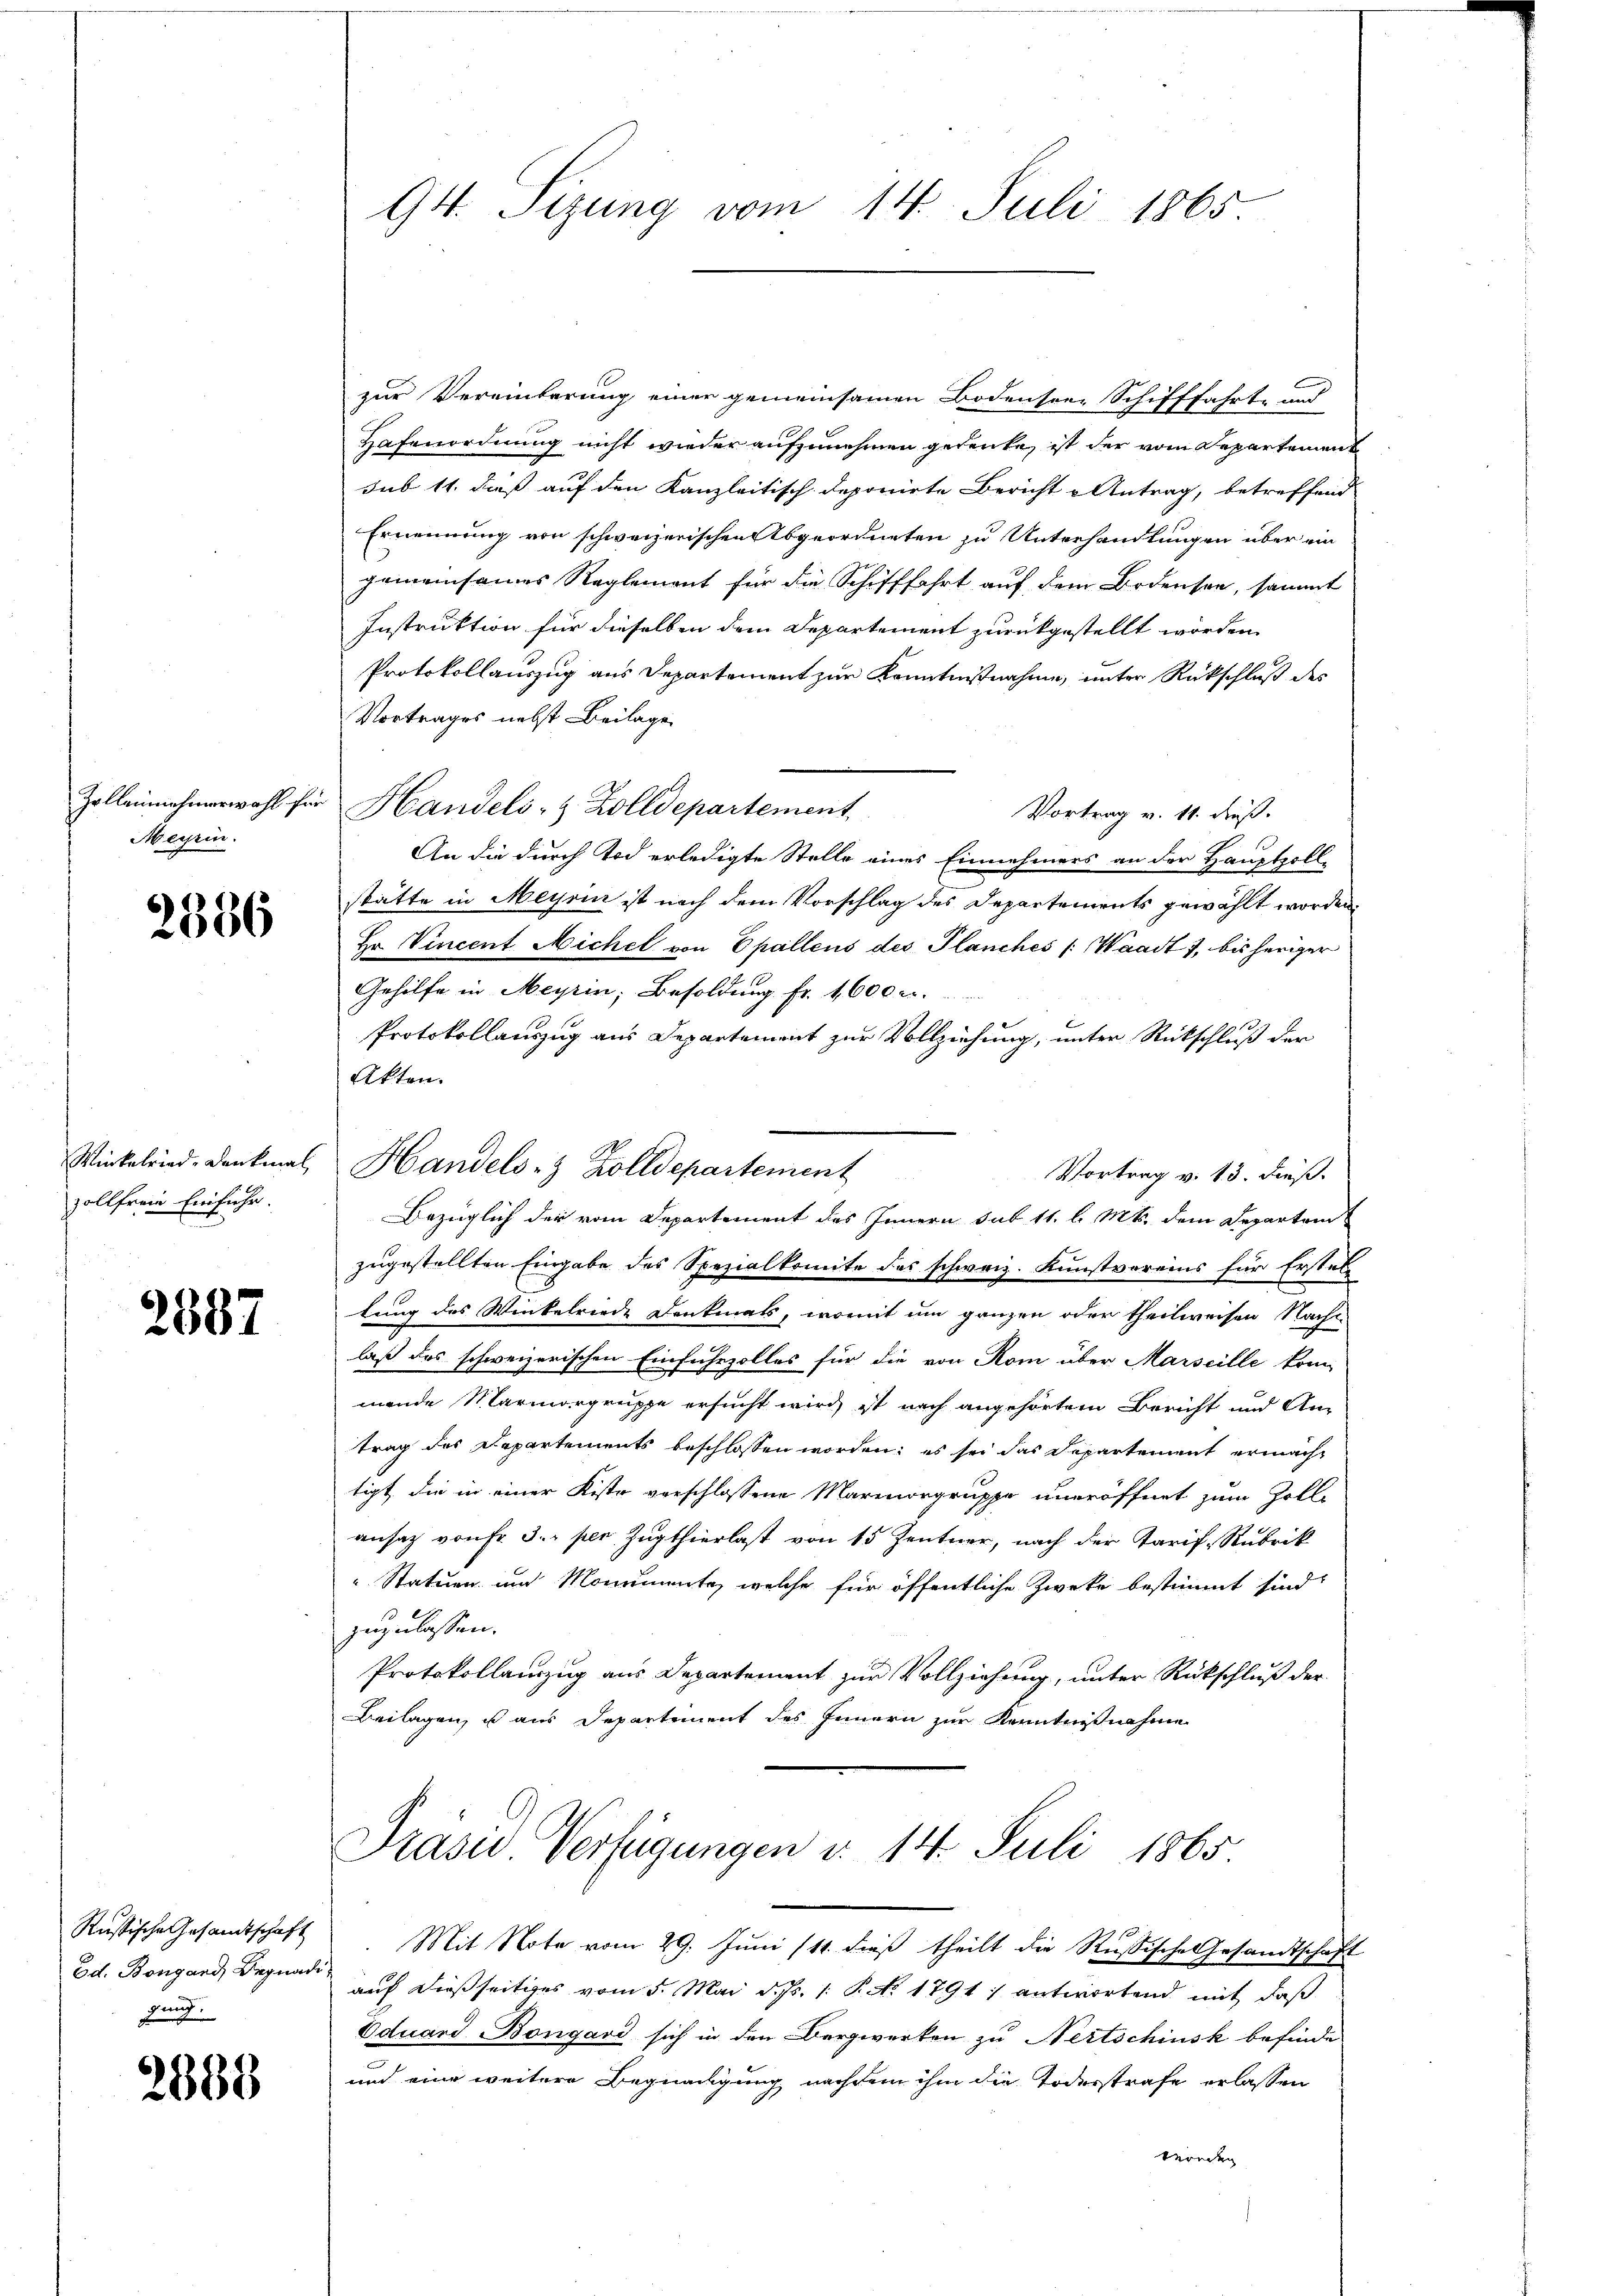
Zolleinehmerwahl für
Meyrin.

2386

zollfrei Einfuhr.

2887

Rustische Gesandtschaft
gung.

2388

zur Vereinberung einer gemeinsamen Bodensrer Schifffahrt und
Hafenordnung nicht wieder aufzunehmen gedenke, ist der vom Departement
sub 14. daß auf den Kanzleitisch deponirte Bericht u Antrag, betreffend
Ernennung von schweizerischen Abgeordneten zu Unterhandlungen über ein
gemeinsames Reglement für die Schifffahrt auf dem Bodensee, sammt
Instruktion für dieselben dem Departement zurückgestellt worden.
Protokollauszug aus Departement zur Kenntnißnahme, unter Rückschluß des
Vortrages nebst Beilage
Handels- & Zolldepartement
Vortrag v. 11. dieß.
An die durch Tod erledigte Stelle eines Einnehmers an der Hauptpoll-
stätte in Meyrin ist nach dem Vorschlag des Departements gewählt worden,
Hr. Vincent Michel von Opallens des Planches (Waadt 7, bisheriger
Gehilfe in Meyrin, Besoldung fr. 1600 r.
Protokollauszug aus Departement zur Vollziehung, unter Rückschluß der
Akten.
Winkelried. Denkmal Handels- & Zolldepartement
Vortrag v. 13. dieß
Bezüglich der vom Departement des Innern sub 11. l. Mts. dem Departem
zugestellten Eingabe des Spezialkomite des schweiz. Kunstvereins für Erstel
lung des Winkelriede Denkmals, womit um ganzen oder theilweisen Nachs
laß das schweizerischen Einfuhrzolles für die von Rom über Marseille kon
mende Marmorgruppe ersucht wird, ist nach angehörtem Bericht und An-
trag des Departements beschlossen worden; es sei das Departement ermacht
tigt, die in einer Kiste verschlossene Marmorgruppe uneröffnet zum Zollansaz von Fr. 5. per Zugthierlast von 15 Zentner, nach der Tarif-Rubrik
" Statuen und Monumente, welche für öffentliche Zwecke bestimmt sind.
zuzulassen.
Protokollauszug aus Departement zur Vollziehung, unter Rückschluß der
Beilagen, ist aus Departement des Innern zur Kenntnißnahme

94. Sizung vom 14. Juli 1865

Präsid Verfügungen v. 14. Juli 1865

Mit Note vom 29. Juni /11. dieß theilt die Russische Gesandtschaft
Ed. Bongard, Begnade auf dießseitiges vom 5. Mai d. Js. 1. P. Nr. 1791. antwortend mit, daß
Eduard Bongard sich in den Bergwerken zu Nertschinsk befinde
und eine weitere Begnadigung nachdem ihm die Todesstrafe erlassen
werden